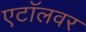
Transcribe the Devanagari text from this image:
एटॉलवर